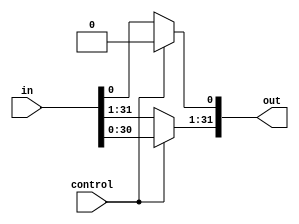
module shift_log_left_1(out, in, control);
    input [31:0] in;
    input control;
    output [31:0] out;

    assign out[0] = control ? 'b0 : in[0];
    assign out[31:1] = control ? in[30:0] : in[31:1];
endmodule